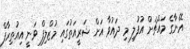
އޭނާގެ މައްޗަށް އުފުލި މި ދައުވާ އަށް ޝަރީއަތުގައި މުޒްލިފް ވަނީ އިއުތިރާފް